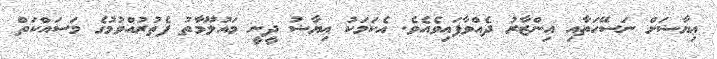
ޢިޔާޟަށް ނަސޭހަތާއި އިންޒާރު ދެއްވާފައިވެއެވެ. އެކަމަކު ޢިޔާޟު ދީނީ މައުލޫމާތު ފެތުރުއްވުމުގެ މަސައްކަތް